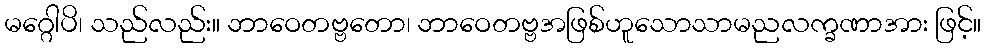
မဂ္ဂေါပိ၊ သည်လည်း။ ဘာဝေတဗ္ဗတော၊ ဘာဝေတဗ္ဗအဖြစ်ဟူသောသာမညလက္ခဏာအား ဖြင့်။